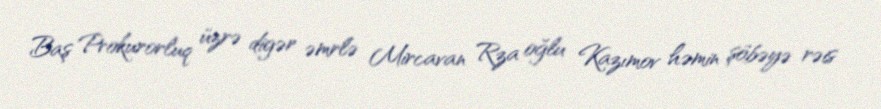
Baş Prokurorluq üzrə digər əmrlə Mircavan Rza oğlu Kazımov həmin şöbəyə rəis